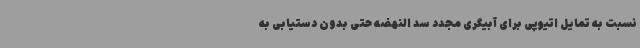
نسبت به تمایل اتیوپی برای آبیگری مجدد سد النهضه حتی بدون دستیابی به